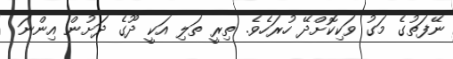
ނޭފަތުގެ މަގު ވަކިކޮށްދޭ ހުރަހެވެ. ތިރީ ތަލި އަކީ ދޫގެ ދަށުން އިންނަ